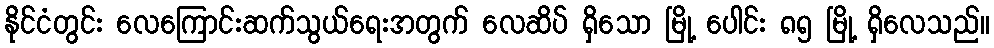
နိုင်ငံတွင်း လေကြောင်းဆက်သွယ်ရေးအတွက် လေဆိပ် ရှိသော မြို့ ပေါင်း ၈၅ မြို့ ရှိလေသည်။